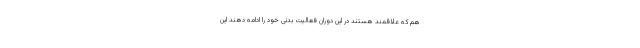
هم که علاقمند هستند در این دوران فعالیت بدنی خود را ادامه دهند این